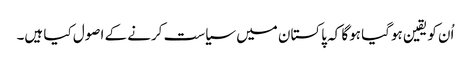
اُن کو یقین ہوگیا ہوگا کہ پاکستان میں سیاست کرنے کے اصول کیا ہیں۔